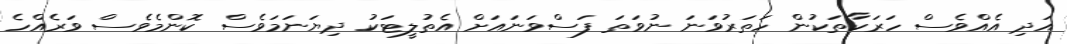
އަދި އެއްވެސް ހަރަކާތަކުން ހަތަރުވަނަ ނުވަތަ ފަސްވަނައަށް އެތުލީޓަކު ދިޔަނަމަވެސް ކޮންމެވެސް ވަރެއްހެ